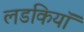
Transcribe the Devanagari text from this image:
लडकियॉ